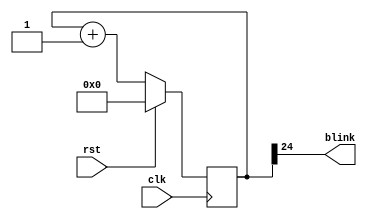
`timescale 1ns / 1ps
//////////////////////////////////////////////////////////////////////////////////
// Company: 
// Engineer: 
// 
// Design Name: 
// Module Name:    blinker 
// Project Name: 
// Target Devices: 
// Tool versions: 
// Description: 
//
// Dependencies: 
//
// Revision: 
// Revision 0.01 - File Created
// Additional Comments: 
//
//////////////////////////////////////////////////////////////////////////////////
module blinker(
	input clk,
	input rst,
	output blink
   );

reg [24:0] counter_d, counter_q;

assign blink = counter_q[24];

always @(counter_q) begin
	counter_d = counter_q + 1'b1;
end

always @(posedge clk) begin
	if (rst) begin
		counter_q <= 25'b0;
	end else begin
		counter_q <= counter_d;
	end
end

endmodule